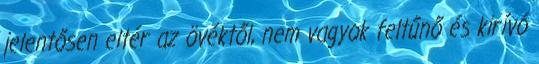
jelentősen eltér az övéktől, nem vagyok feltűnő és kirívó